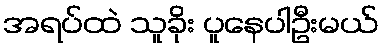
အရပ်ထဲ သူခိုး ပူနေပါဦးမယ်